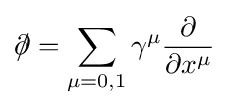
\partial \!\!\!/=\sum _{\mu =0,1}\gamma ^{\mu }{\frac {\partial }{\partial x^{\mu }}}